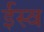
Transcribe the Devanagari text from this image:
ईस्व